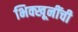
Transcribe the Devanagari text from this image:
भिक्खूनींची